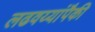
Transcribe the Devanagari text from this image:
लढवय्यांपैकी